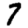
Digit: 7